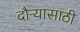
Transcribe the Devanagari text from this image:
दौऱ्यासाठी